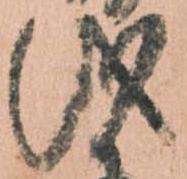
儀